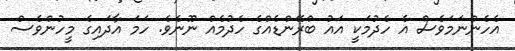
އެހެންނަމަވެސް އެ ހެދުމަކީ އައު ބްރޭންޑެއްގެ ހެދުމެއް ނޫނެވެ. ހަމަ އާދައިގެ މީހުންވެސް